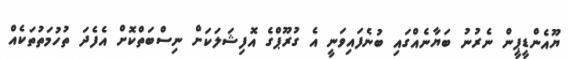
ޔޫއެންޑީޕީން ނެރުނު ބަޔާނެއްގައި ބުނެފައިވަނީ އެ ގުރޫޕްގެ އޮފިޝަލަކަށް ނިސްބަތްކޮށް އެފެދަ ތުހުމަތުތަކެއް